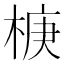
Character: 椩